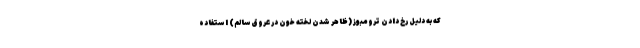
که به دلیل رخ دادن ترومبوز (ظاهر شدن لخته خون در عروق سالم) استفاده